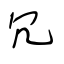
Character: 冗